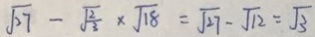
\sqrt { 2 7 } - \sqrt { \frac { 2 } { 3 } } \times \sqrt { 1 8 } = \sqrt { 2 7 } - \sqrt { 1 2 } = \sqrt { 3 }